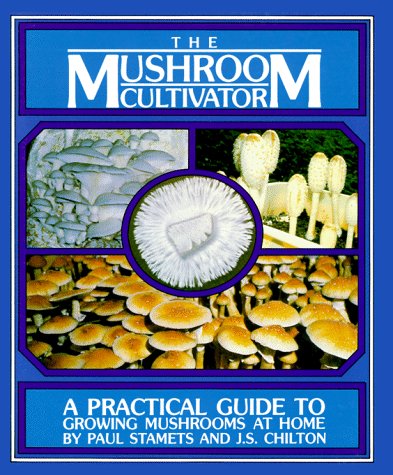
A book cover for The Mushroom Cultivator: A Practical Guide to Growing Mushrooms at Home; Paul Stamets; Crafts, Hobbies & Home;